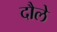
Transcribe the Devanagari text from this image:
दौले